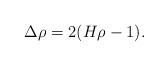
LaTeX: \begin{align*} \Delta\rho = 2(H\rho - 1).\end{align*}